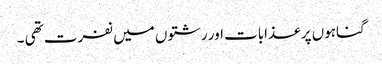
گناہوں پر عذابات اور رشتوں میں نفرت تھی ۔